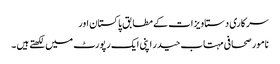
سرکاری دستاویزات کے مطابق پاکستان اور
نامور صحافی مہتاب حیدر اپنی ایک رپورٹ میں لکھتے ہیں ۔